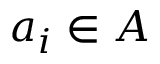
a _ { i } \in A